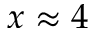
x \approx 4